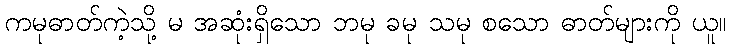
ကမုဓာတ်ကဲ့သို့ မ အဆုံးရှိသော ဘမု ခမု သမု စသော ဓာတ်များကို ယူ။